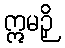
ဣမဉှိ